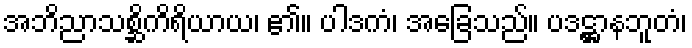
အဘိညာသစ္ဆိကိရိယာယ၊ ၏။ ပါဒကံ၊ အခြေသည်။ ပဒဋ္ဌာနဘူတံ၊